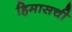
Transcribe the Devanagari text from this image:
हिमासची